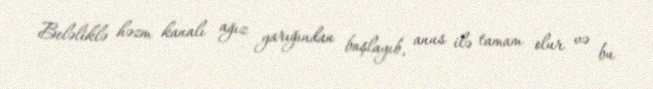
Beləliklə həzm kanalı ağız yarığından başlayıb, anus ilə tamam olur və bu